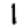
Digit: 1